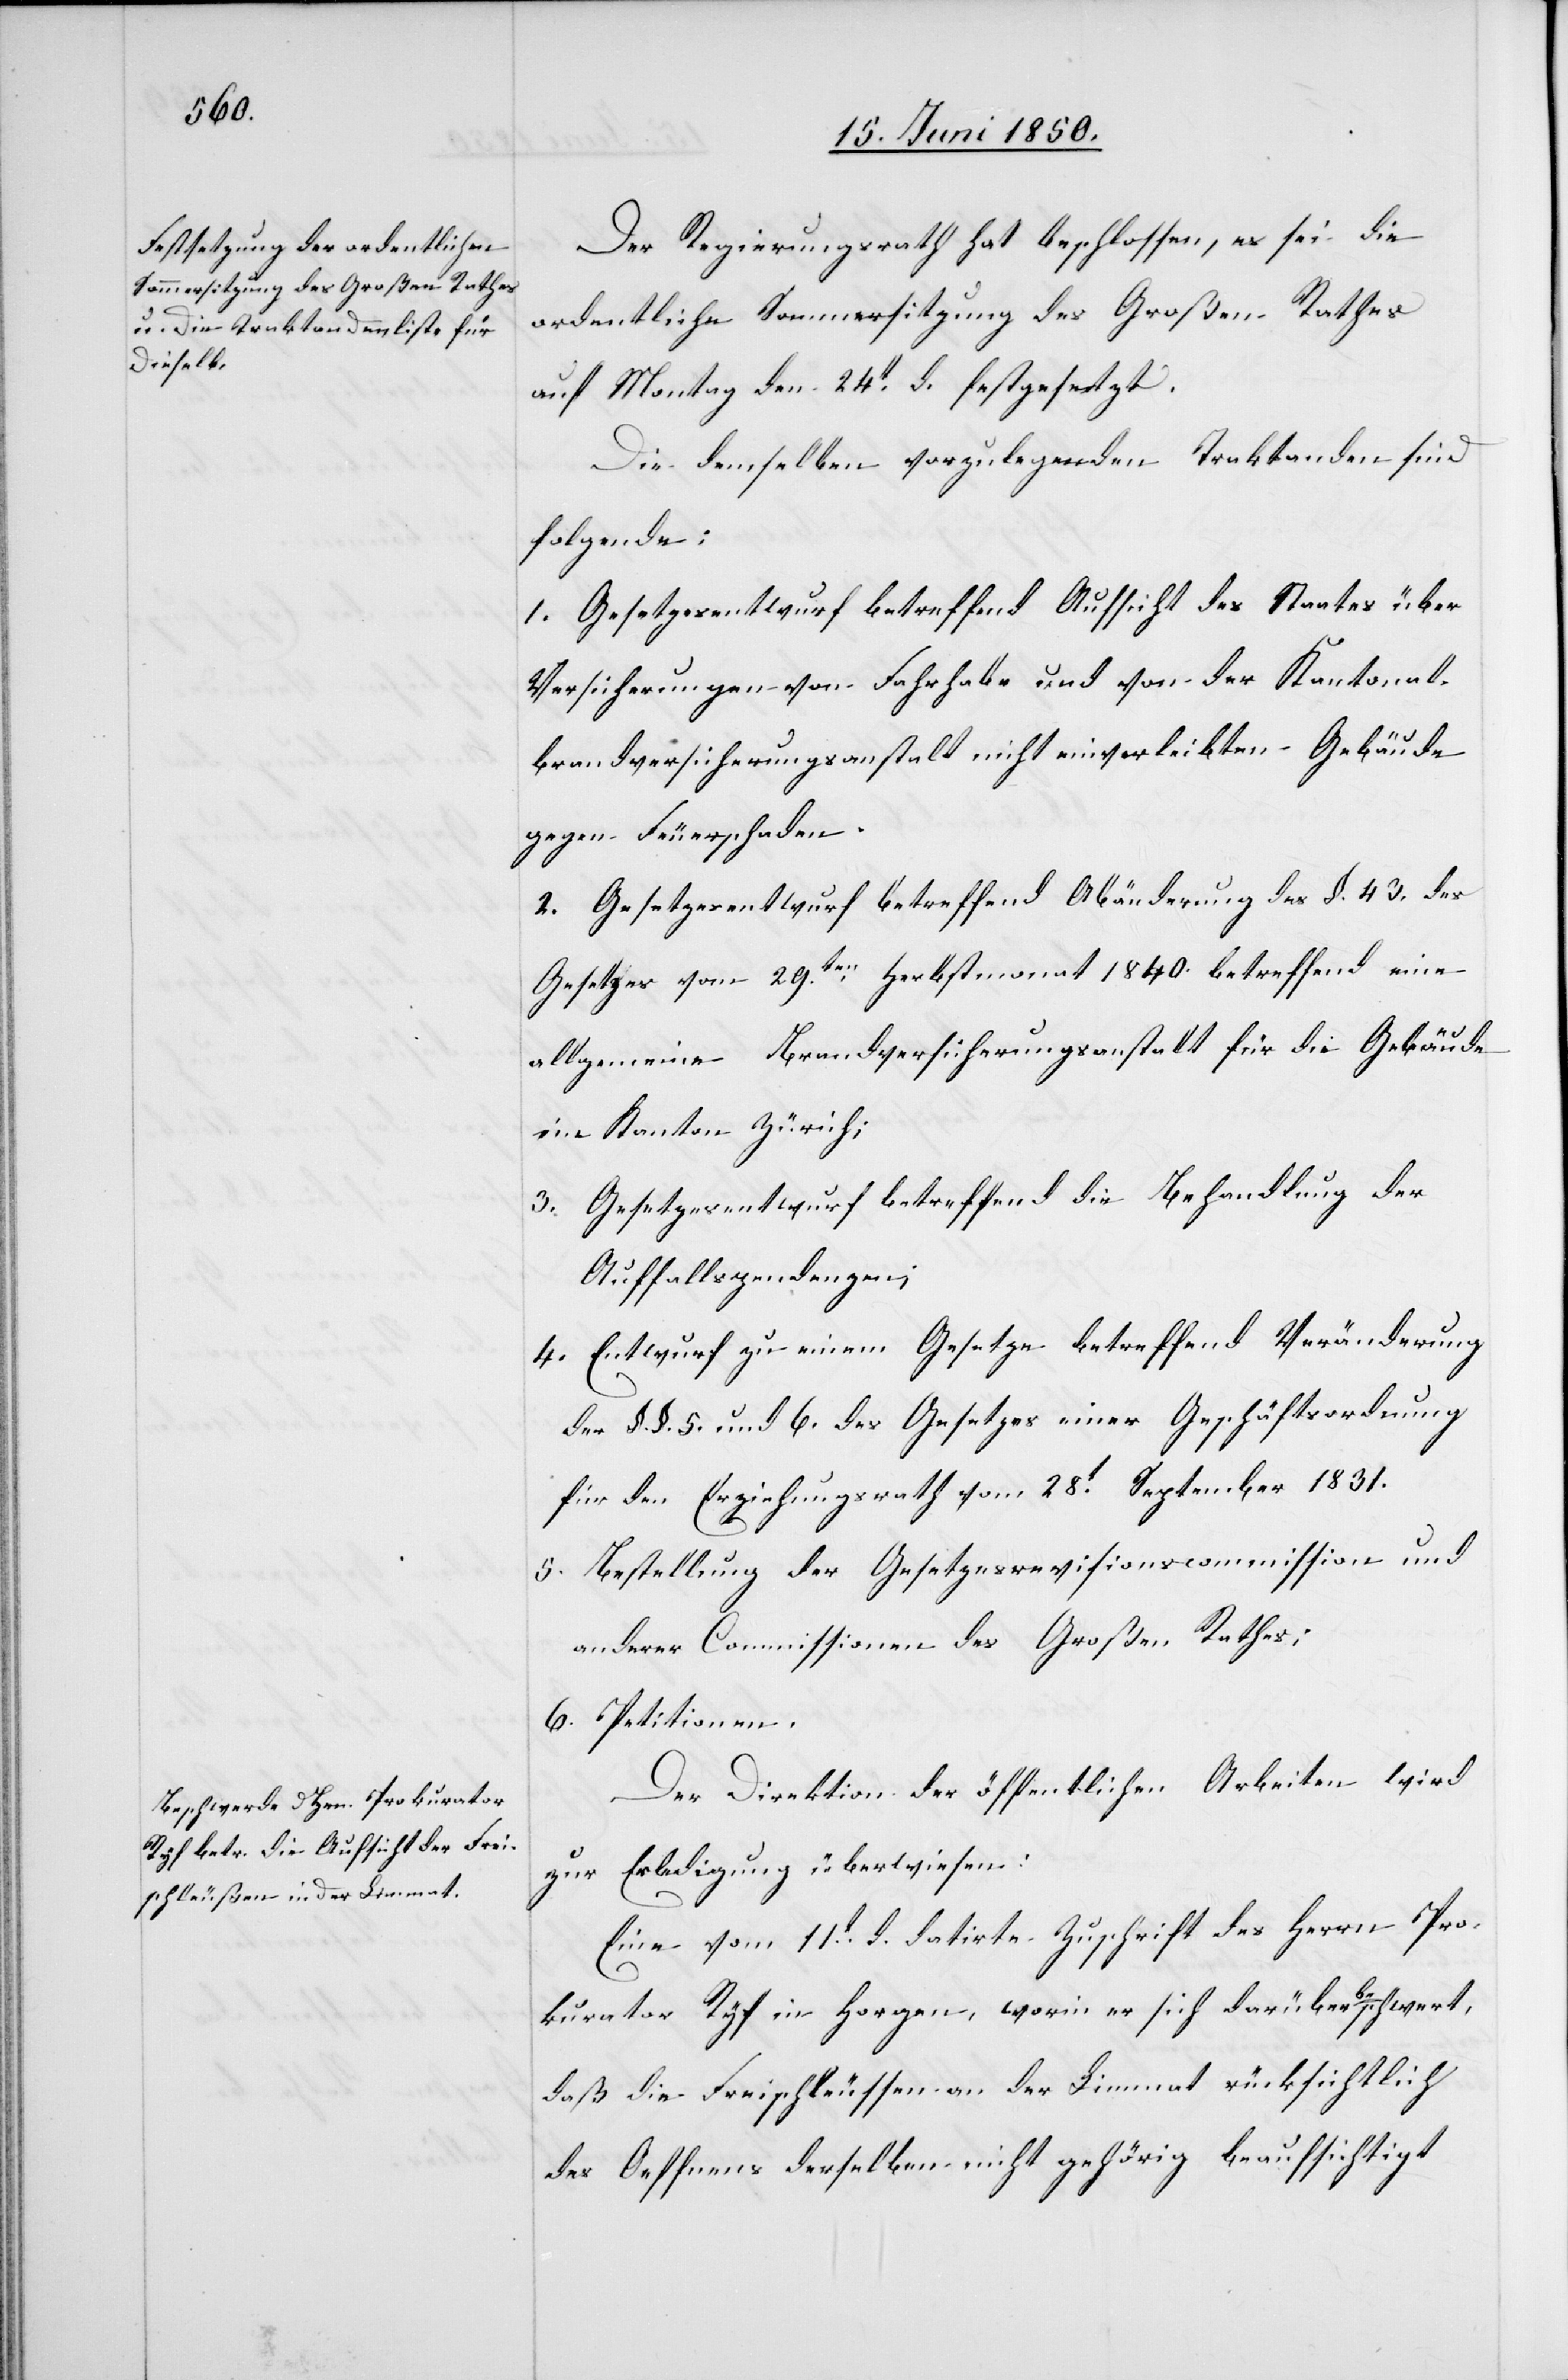
Der Regierungsrath hat beschlossen, es sei die
ordentliche Sommersitzung des Großen Rathes
auf Montag den 24t d. festgesetzt.
Die demselben vorzulegenden Traktanden sind
folgende:
1. Gesetzesentwurf betreffend Aufsicht des Staates über
Versicherungen von Fahrhabe und von der Kantonal¬
brandversicherungsanstalt nicht einverleibten Gebäude
gegen Feuerschaden.
2. Gesetzesentwurf betreffend Abänderung des §. 43. des
Gesetzes vom 29ten Herbstmonat 1840. betreffend eine
allgemeine Brandversicherungsanstalt für die Gebäude
im Kanton Zürich;
3. Gesetzesentwurf betreffend die Behandlung der
Auffallspendenzen;
4. Entwurf zu einem Gesetze betreffend Veränderung
der §. §. 5. und 6. des Gesetzes einer Geschäftsordnung
für den Erziehungsrath vom 28t September 1831.
5. Bestellung der Gesetzesrevisionscommission und
anderer Commissionen des Großen Rathes;
6. Petitionen.
Der Direktion der öffentlichen Arbeiten wird
zur Erledigung überwiesen:
Eine vom 11t dß. datirte Zuschrift des Herrn Pro¬
kurator Ryf in Horgen, worin er sich darüber beschwert,
daß die Freischleussen an der Limmat rücksichtlich
des Oeffnens derselben nicht gehörig beaufsichtigt